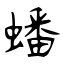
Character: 蟠